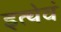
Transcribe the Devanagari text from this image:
इत्येवं